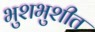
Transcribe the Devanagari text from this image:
भुशभुशीत